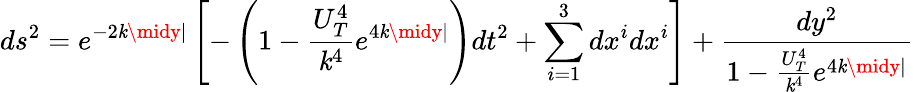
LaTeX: ds^{2}=e^{-2\mathit{k}\midy\mid}\left[-\left(1-\frac{{U_{T}^{4}}}{{\mathit{k}^{4}}}e^{4\mathit{k}\midy\mid}\right)dt^{2}+\sum_{i=1}^{3}dx^{i}dx^{i}\right]+\frac{{dy^{2}}}{{1-\frac{{U_{T}^{4}}}{{\mathit{k}^{4}}}e^{4\mathit{k}\midy\mid}}}